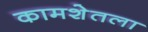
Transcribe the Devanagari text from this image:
कामशेतला